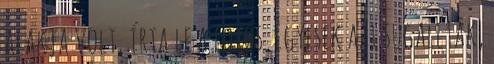
alakja volt, írta le a fotós. Egyesek azt sugallták,